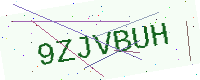
Text: 9ZJVBUH